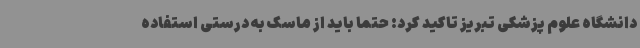
دانشگاه علوم پزشکی تبریز تاکید کرد: حتما باید از ماسک به درستی استفاده